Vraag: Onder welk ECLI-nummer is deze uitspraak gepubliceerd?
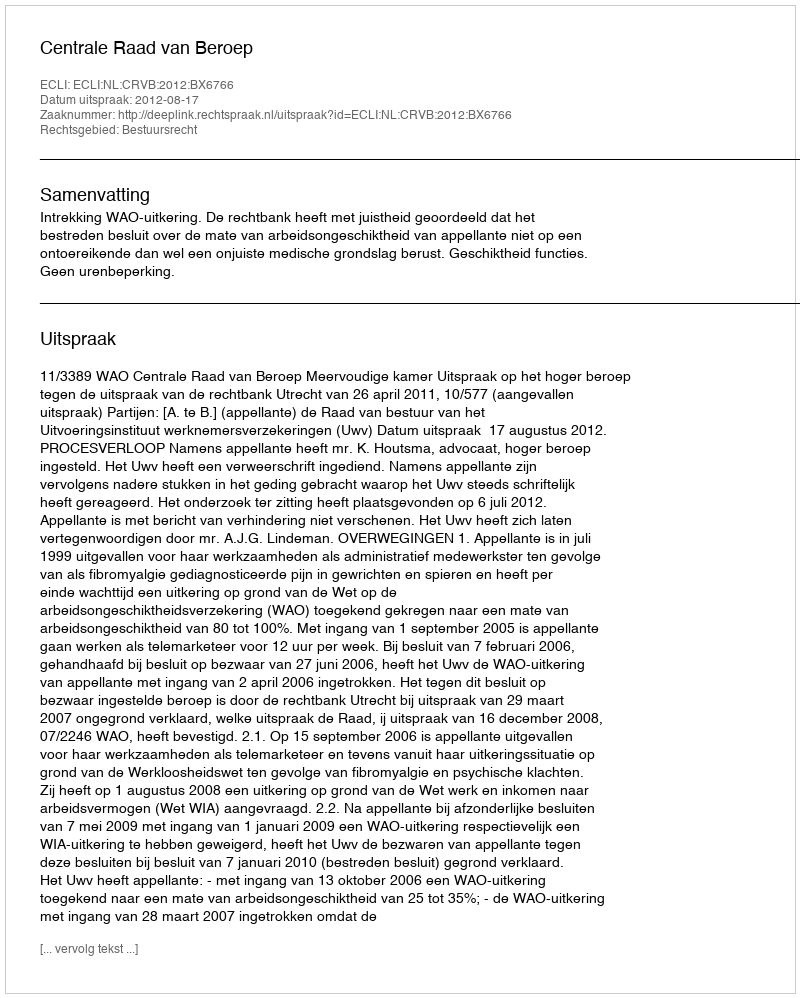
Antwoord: ECLI:NL:CRVB:2012:BX6766